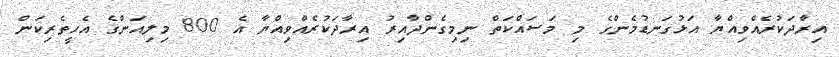
އިރާދަކުރެއްވިއްޔާ އަޅުގަނޑުމެންގެ މި މަސައްކަތް ނިމިގެންދާއިރު އިރާދަކުރެއްވިއްޔާ އެ 800 މިލިއަންގެ އެހީތެރިކަން